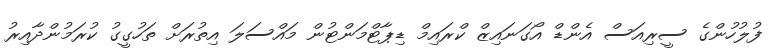
ފުލުހުންގެ ސީރިއަސް އެންޑް އޯގަނައިޒް ކްރައިމް ޑިޕާޓްމަންޓުން މައްސަލަ އިތުރަށް ތަހުގީގު ކުރަމުންދާއިރު